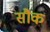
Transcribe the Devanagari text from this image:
सौक